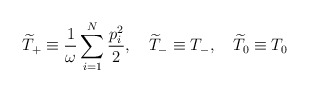
\begin{align*}\widetilde{T}_+\equiv\frac{1}{\omega} \sum_{i=1}^N\frac{p_{i}^{2}}{2}, \quad \widetilde{T}_-\equiv T_-, \quad \widetilde{T}_0\equiv T_0 \end{align*}